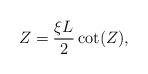
LaTeX: \begin{align*}Z = \frac{\xi L}{2}\cot(Z),\end{align*}